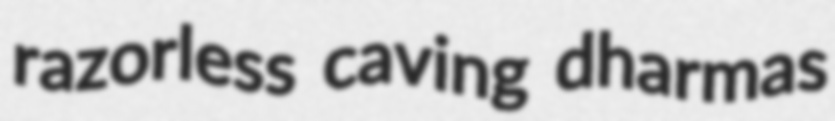
razorless caving dharmas